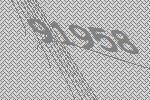
91958